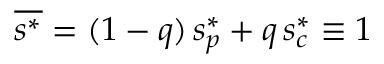
\overline { { s ^ { * } } } = ( 1 - q ) \, s _ { p } ^ { * } + q \, s _ { c } ^ { * } \equiv 1